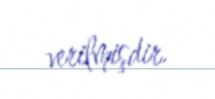
verilmişdir.